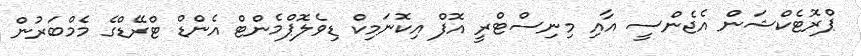
ޕްރޮޓެކްޝަން އެޖެންސީ އާއި މިނިސްޓްރީ އޮފް އިކޮނަމިކް ޑިވެލޮޕްމެންޓް އެންޑް ޓްރޭޑްގެ މެމްބަރުން